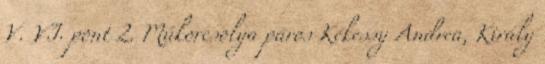
V. VI. pont 2. Műkorcsolya páros Kékessy Andrea, Király